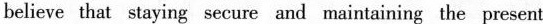
believe that staying secure and maimtaining the present